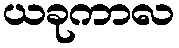
ယခုကာလ